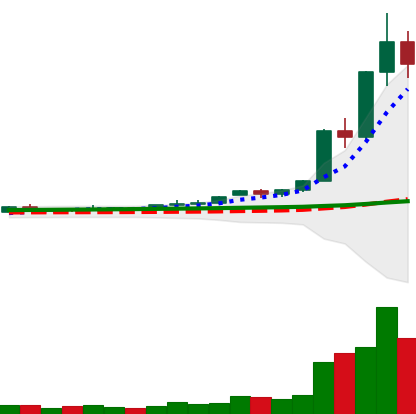
Ticker: XRP-USD
Chart end date: 2020-11-25
Forward return: 4.541%
Label: up_3_5